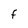
Character: f